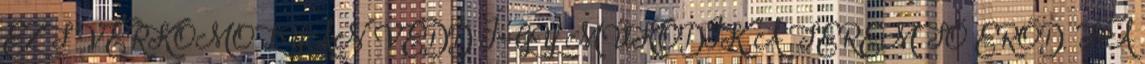
EZT VÉRKOMOLYAN VEDD ÍGY MŰKÖDIK A TEREMTŐ ERŐD. HA